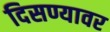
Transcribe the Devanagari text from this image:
दिसण्यावर